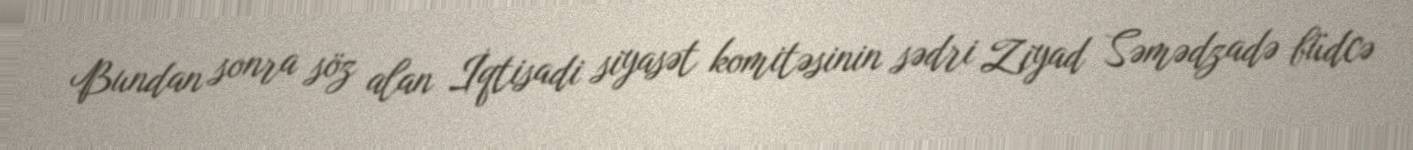
Bundan sonra söz alan İqtisadi siyasət komitəsinin sədri Ziyad Səmədzadə büdcə